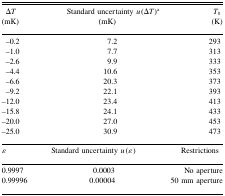
| ∆T (mK) | Standard uncertainty u(∆T)a (mK) | T0 (K) |
 | --- | --- | --- |
 | −0.2 | 7.2 | 293 |
 | −1.0 | 7.7 | 313 |
 | −2.6 | 9.9 | 333 |
 | −4.4 | 10.6 | 353 |
 | −6.6 | 20.3 | 373 |
 | −9.2 | 22.1 | 393 |
 | −12.0 | 23.4 | 413 |
 | −15.8 | 24.1 | 433 |
 | −20.0 | 27.0 | 453 |
 | −25.0 | 30.9 | 473 |
 | ε | Standard uncertainty u(ε) | Restrictions |
 | 0.9997 | 0.0003 | No aperture |
 | 0.99996 | 0.00004 | 50 mm aperture |